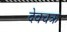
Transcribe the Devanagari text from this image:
देवचक्र